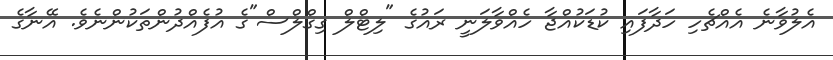
އެލުވާނެ އެއްޗެހި ހަދާފައި ކުޑަކުއްޖާ ހެއްވާލަނީ ރައުގެ "ލިޓްލް ގިގްލްސް"ގެ އުފެއްދުންތަކުންނެވެ. އޭނާގެ